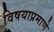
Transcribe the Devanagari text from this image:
विषयाप्रमाणे